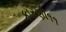
કારણો૧૧